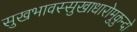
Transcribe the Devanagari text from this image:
सुखभावस्सुखाधारोमुकुन्दो